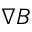
\nabla B